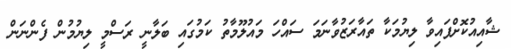
ޝާއިއުކޮށްފައިވާ ލިޔުމަކާ ތައާރަޒުވާނަމަ ސައްހަ މައުލޫމާތު ކަމުގައި ބަލާނީ ރަސްމީ ލިޔުމުން ފެންނަން